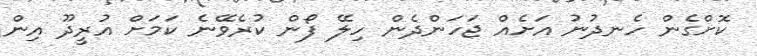
ކޮށްގެން ހެނދުނު އަށެއް ޖަހަންދެން ހިލޭ ފޯން ކުރެވޭނެ ކަމަށް އުރީދޫ އިން